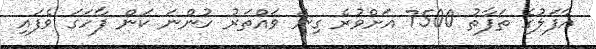
އާފަލުގެ ތަފާތު 7500 އަށްވުރެ ގިނަ ވައްތަރު ހުންނަ ކަން ފާހަގަ ވެފައި